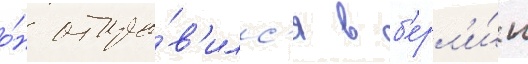
о́н отпра́в'илс'я в б'ерл'и́н